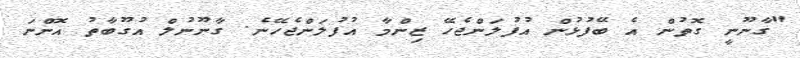
"ގާނޫނީ ގޮތުން އެ ބޭފުޅުން އުފުލަންޖެހޭ ޒިންމާ އުފުލަންޖެހޭނެ. ގާނޫނުލް އުގޫބާތު އޮންނަ